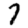
Digit: 7